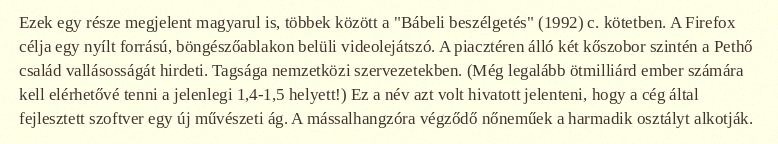
Ezek egy része megjelent magyarul is, többek között a "Bábeli beszélgetés" (1992) c. kötetben. A Firefox célja egy nyílt forrású, böngészőablakon belüli videolejátszó. A piacztéren álló két kőszobor szintén a Pethő család vallásosságát hirdeti. Tagsága nemzetközi szervezetekben. (Még legalább ötmilliárd ember számára kell elérhetővé tenni a jelenlegi 1,4-1,5 helyett!) Ez a név azt volt hivatott jelenteni, hogy a cég által fejlesztett szoftver egy új művészeti ág. A mássalhangzóra végződő nőneműek a harmadik osztályt alkotják.